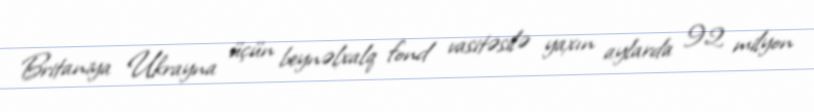
Britaniya Ukrayna üçün beynəlxalq fond vasitəsilə yaxın aylarda 92 milyon